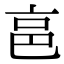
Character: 𠅔